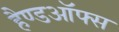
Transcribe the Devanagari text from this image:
हैण्डऑफ्स